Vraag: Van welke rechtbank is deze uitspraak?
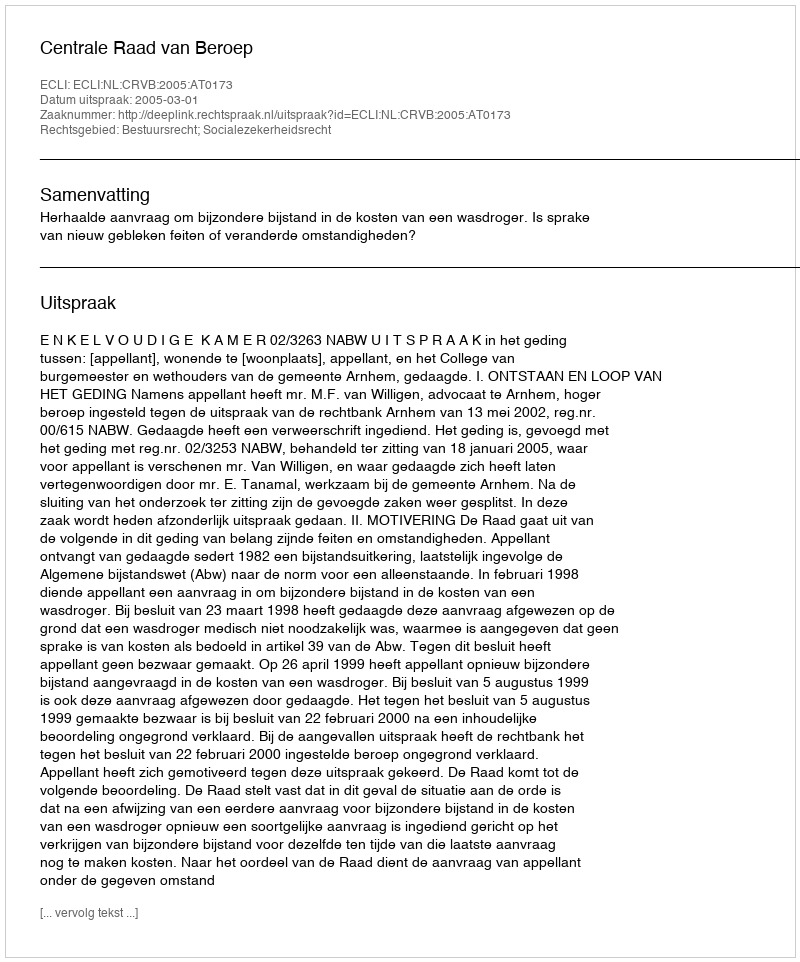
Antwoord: Centrale Raad van Beroep